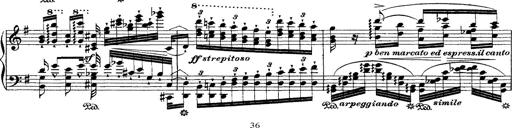
Title: Ã‰tudes d'exÃ©cution transcendante d'aprÃ¨s Paganini
Composer: Franz Liszt